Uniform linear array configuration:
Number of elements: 64
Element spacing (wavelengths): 1
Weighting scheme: kaiser
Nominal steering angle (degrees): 0
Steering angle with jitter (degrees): -0.5479
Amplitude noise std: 0.05
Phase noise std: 0.05

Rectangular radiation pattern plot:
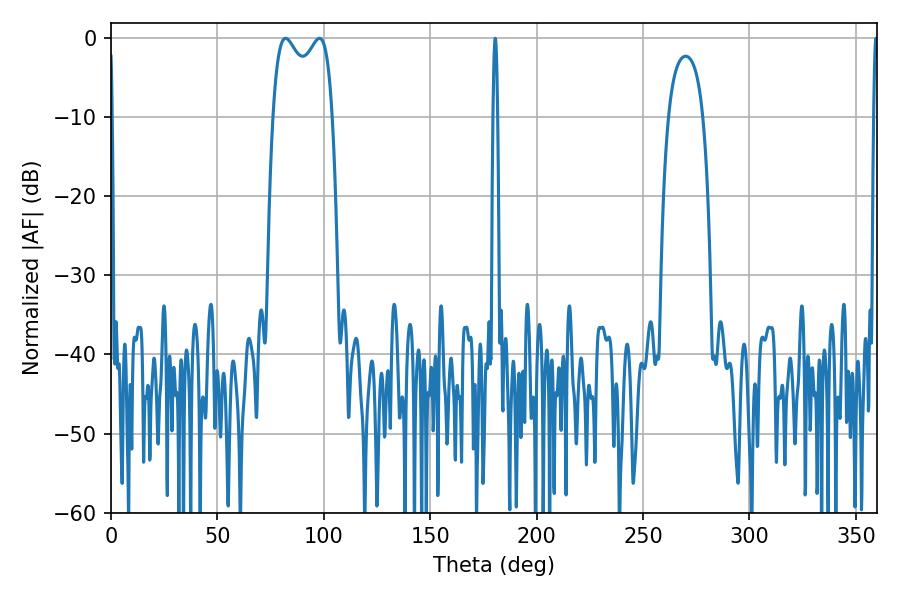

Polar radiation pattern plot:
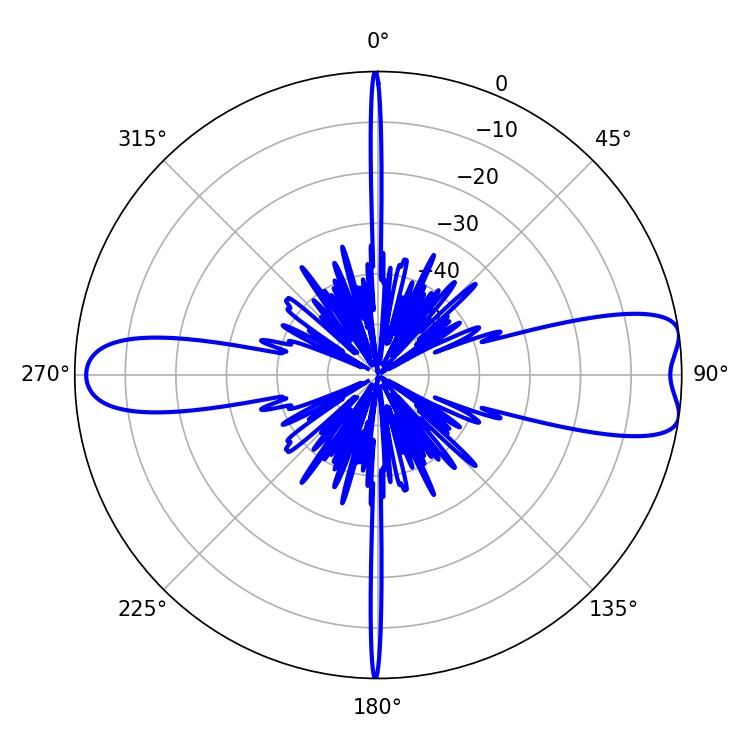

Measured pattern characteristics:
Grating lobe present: TRUE
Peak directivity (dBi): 9.456
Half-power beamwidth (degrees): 23.4
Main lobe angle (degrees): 82.08